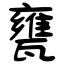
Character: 甕